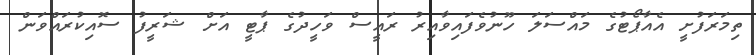
ތިމަރަފުށީ އެއާޕޯޓުގެ މައްސަލަ ހޫނުވެފައިވާއިރު ރައީސް ވަހީދުގެ ޕާޓީ އަށް ޝަރީފު ސޮއިކުރައްވަން